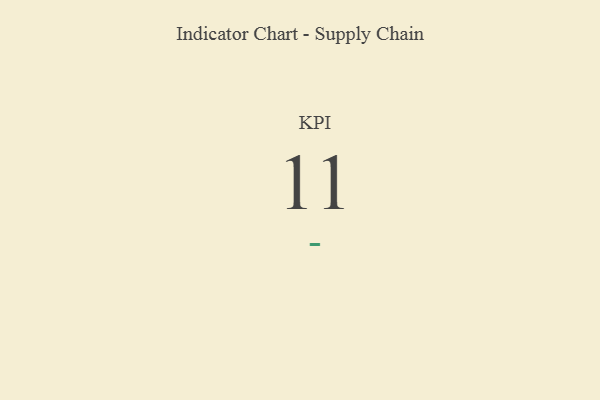
{"axis": {"x": "KPI", "y": "Value"}, "legend": [""], "data": [{"x": "KPI", "y": 11, "type": ""}]}